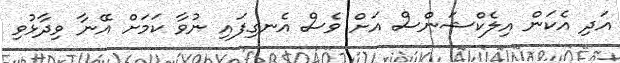
އަދި އެކަން އިލެކްޝަންސް އަށް ވެސް އެނގިފައި ނުވާ ކަމަށް އޭނާ ވިދާޅުވި